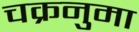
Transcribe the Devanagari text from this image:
चक्रनुमा